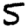
Digit: 5